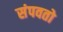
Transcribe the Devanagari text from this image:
संपवतो